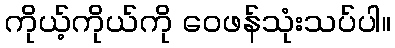
ကိုယ့်ကိုယ်ကို ဝေဖန်သုံးသပ်ပါ။